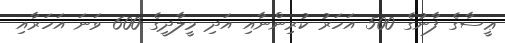
ޢީސާގެ ފާނުގެ 500 އަހަރު ކުރިންނާއި އަދި މީލާދީގެ 600 ވަނަ އަހަރާއި